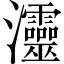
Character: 𤅷